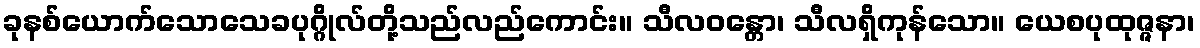
ခုနစ်ယောက်သောသေခပုဂ္ဂိုလ်တို့သည်လည်ကောင်း။ သီလဝန္တော၊ သီလရှိကုန်သော။ ယေစပုထုဇ္ဇနာ၊